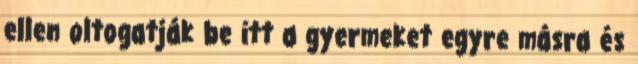
ellen oltogatják be itt a gyermeket egyre másra és